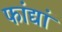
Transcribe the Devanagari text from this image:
फांद्यां